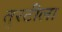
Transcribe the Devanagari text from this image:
तुरटीला